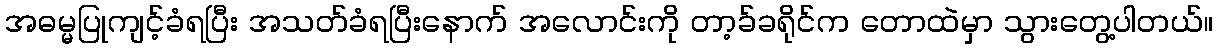
အဓမ္မပြုကျင့်ခံရပြီး အသတ်ခံရပြီးနောက် အလောင်းကို တာ့ခ်ခရိုင်က တောထဲမှာ သွားတွေ့ပါတယ်။